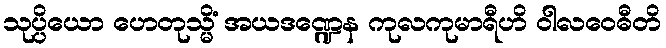
သုပ္ပိယော ဟေတုသ္မိံ အယဒဏ္ဍေန ကုလကုမာရီဟိ ဝါလဝေဓီတိ